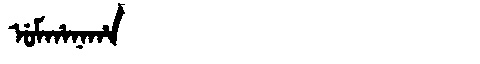
Manchu: ᡠᠮᡥᠠᠨᠠᡥᠠ
Romanization: UMHANAHA